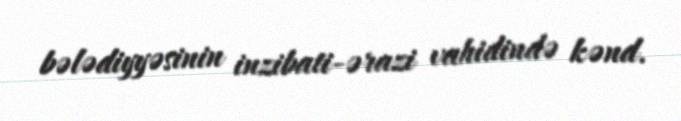
bələdiyyəsinin inzibati-ərazi vahidində kənd.